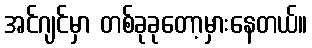
အင်ဂျင်မှာ တစ်ခုခုတော့မှားနေတယ်။